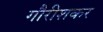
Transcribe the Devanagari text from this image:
गौरीशकर